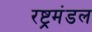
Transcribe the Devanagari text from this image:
रष्ट्रमंडल